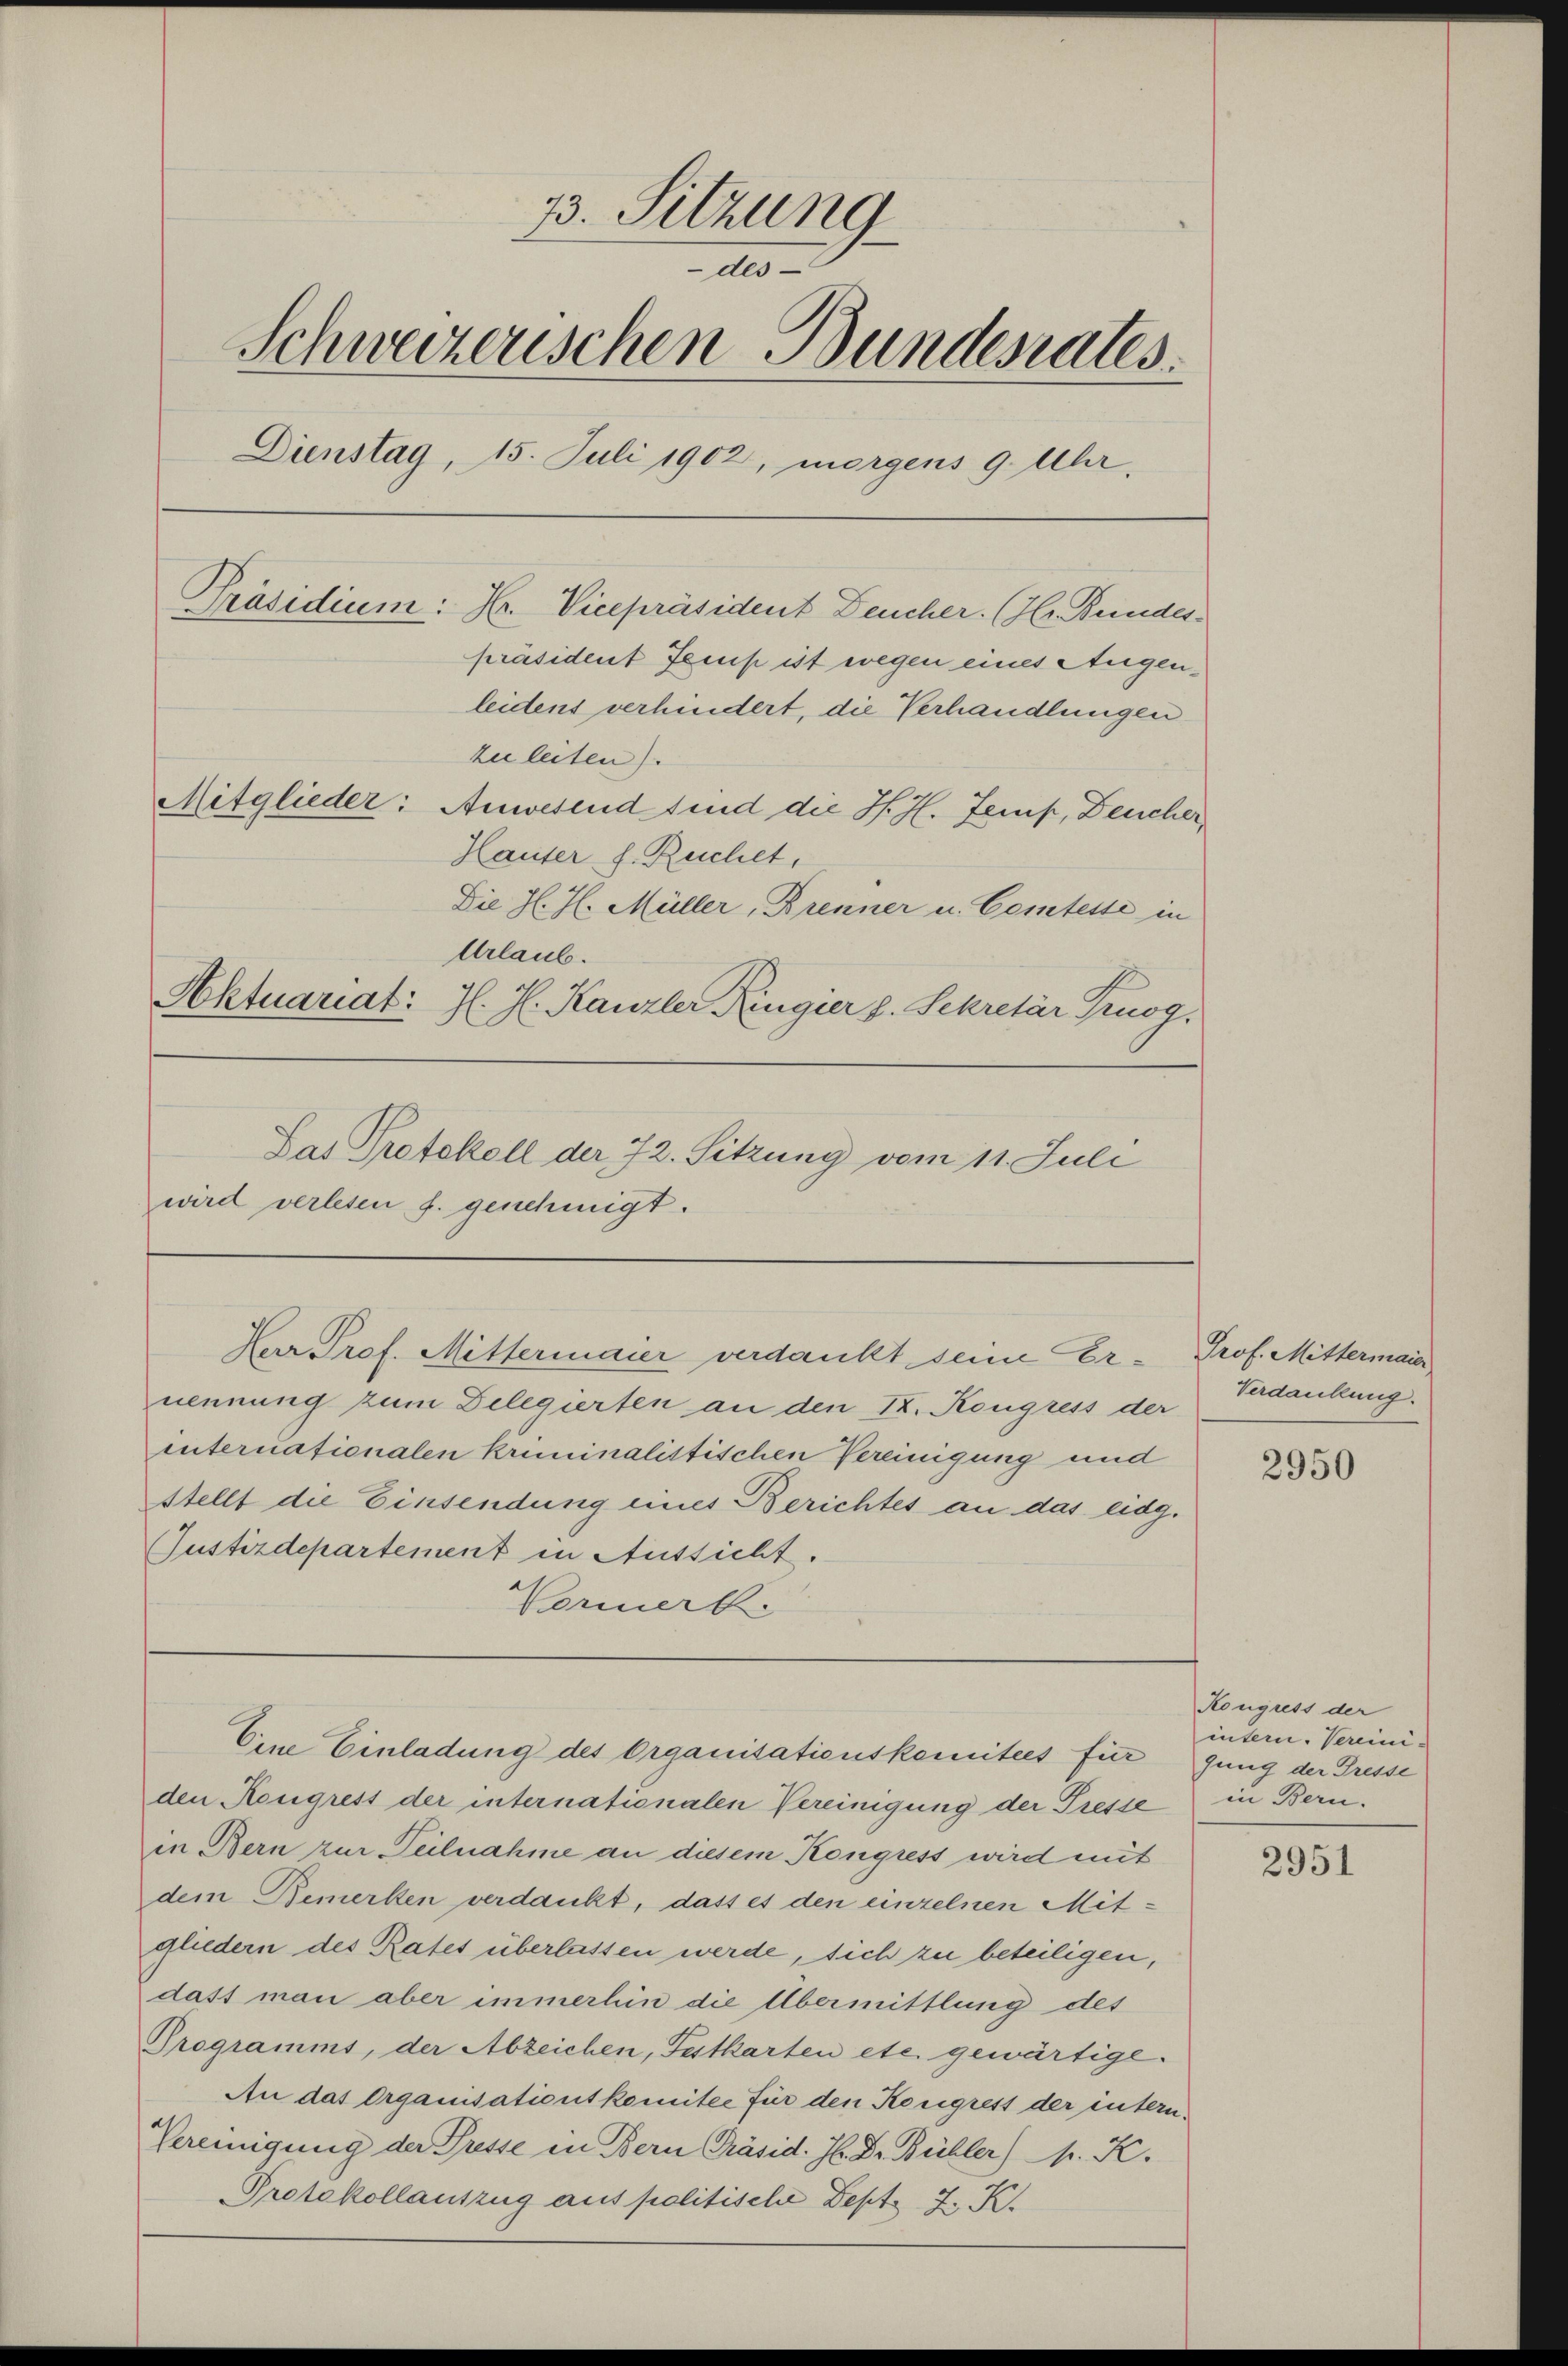
33. Sitzung
-des
Schweizerischen Bundesrates
Dienstag, 15. Juli 1902, morgens 9. Uhr.
Präsidium: Hr. Vicepräsident Deucher. (Hr. Bundes
präsident Temp ist wegen eines Augenleidens verhindert, die Verhandlungen
zuleiten).
Mitglieder: Anwesend sind die H. H. Zemp, Deucher,
Hauser f. Ruchet,
Die H. J. Müller, Brenner u. Comtesse in
Urlaub.
Aktuariat. H. H. Kanzler Ringier z. Sekretär Pruog,
Sas Protokoll der 72. Sitzung vom 11. Juli
wird verlesen f. genehmigt.

nennung zum Delegierten an den 12. Kongress der
internationalen kriminalistischen Vereinigung und
stellt die Einsendung eines Berichtes an das eidg.
Justizdepartement in Aussicht.
Vormerk

Kar Prof. Mittermaier verdankt seine Er- Prof. Mittermaie

den Kongress der internationalen Vereinigung der Presse
in Bern zur Teilnahme an diesem Kongress wird mit
dem Bemerken verdankt, dass es den einzelnen Mitgliedern des Rates überlassen werde, sich zu beteiligen,
dass man aber immerhin die Übermittlung des
Programms, der Abzeichen, Festkarten etc. gewärtige.
An das Organisationskomitee für den Kongrest der intern.
Vereinigung der Presse in Bern Präsid. H. Dr. Büchler) pr. K.
Protokollauszug aus politische Beste J. K.

Eine Einladung des Organisationskomitees für

Verdankung.

2950

Kongress der
intern. Vereinijung der Tresse
in Bern.

2951